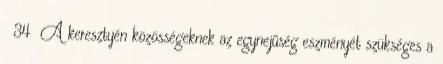
34 A keresztyén közösségeknek az egynejűség eszményét szükséges a